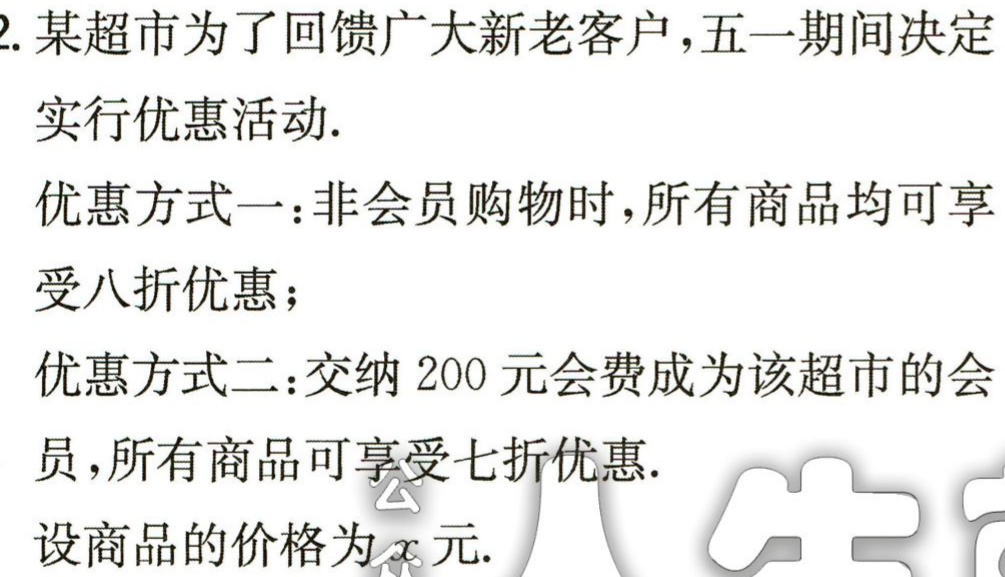
2. 某超市为了回馈广大新老客户，五一期间决定

实行优惠活动.

优惠方式一：非会员购物时，所有商品均可享

受八折优惠；

优惠方式二：交纳 200 元会费成为该超市的会

员，所有商品可享受七折优惠.

设商品的价格为\(x\)元.